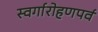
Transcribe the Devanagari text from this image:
स्वर्गारोहणपर्व